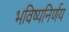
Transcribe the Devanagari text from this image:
भविष्यनिर्णय